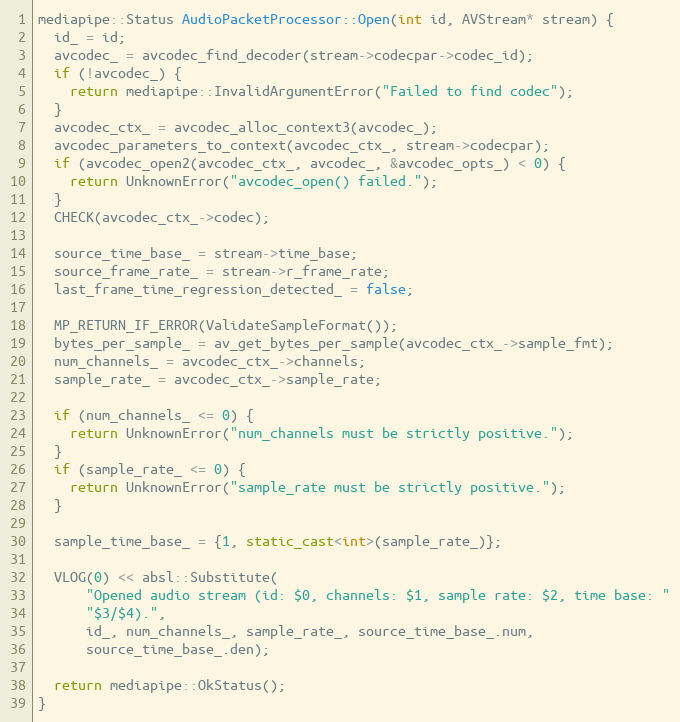
Language: C++
mediapipe::Status AudioPacketProcessor::Open(int id, AVStream* stream) {
  id_ = id;
  avcodec_ = avcodec_find_decoder(stream->codecpar->codec_id);
  if (!avcodec_) {
    return mediapipe::InvalidArgumentError("Failed to find codec");
  }
  avcodec_ctx_ = avcodec_alloc_context3(avcodec_);
  avcodec_parameters_to_context(avcodec_ctx_, stream->codecpar);
  if (avcodec_open2(avcodec_ctx_, avcodec_, &avcodec_opts_) < 0) {
    return UnknownError("avcodec_open() failed.");
  }
  CHECK(avcodec_ctx_->codec);

  source_time_base_ = stream->time_base;
  source_frame_rate_ = stream->r_frame_rate;
  last_frame_time_regression_detected_ = false;

  MP_RETURN_IF_ERROR(ValidateSampleFormat());
  bytes_per_sample_ = av_get_bytes_per_sample(avcodec_ctx_->sample_fmt);
  num_channels_ = avcodec_ctx_->channels;
  sample_rate_ = avcodec_ctx_->sample_rate;

  if (num_channels_ <= 0) {
    return UnknownError("num_channels must be strictly positive.");
  }
  if (sample_rate_ <= 0) {
    return UnknownError("sample_rate must be strictly positive.");
  }

  sample_time_base_ = {1, static_cast<int>(sample_rate_)};

  VLOG(0) << absl::Substitute(
      "Opened audio stream (id: $0, channels: $1, sample rate: $2, time base: "
      "$3/$4).",
      id_, num_channels_, sample_rate_, source_time_base_.num,
      source_time_base_.den);

  return mediapipe::OkStatus();
}